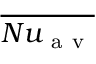
\overline { { N u _ { \mathrm { ~ a ~ v ~ } } } }